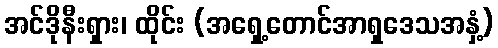
အင်ဒိုနီးရှား၊ ထိုင်း (အရှေ့တောင်အာရှဒေသအနှံ့)